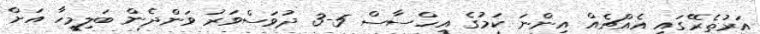
އަރުތެރޭގައި އެއްޗެއް އިންނަ ކަމުގެ އިހްސާސް 5-3 ދުވަސްވަރު ވަންދެން ބަލިމީހާ އަށް